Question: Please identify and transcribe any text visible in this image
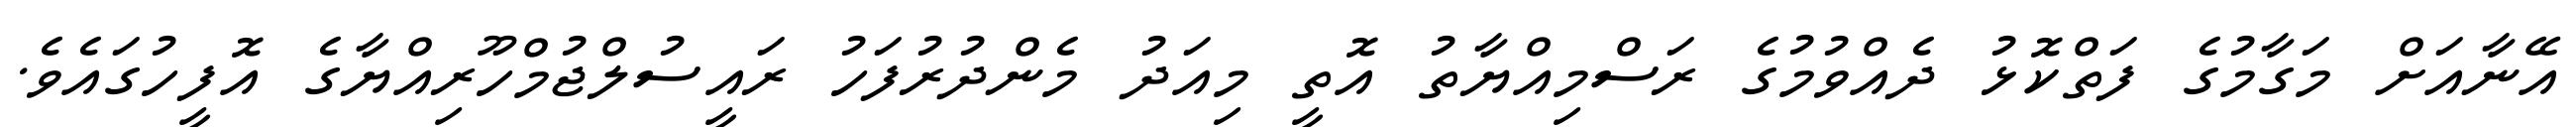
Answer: އޭނާއަށް މަގާމުގެ ފަތްކޮޅު ދެއްވުމުގެ ރަސްމިއްޔާތު އޮތީ މިއަދު މެންދުރުފަހު ރައީސުލްޖުމްހޫރިއްޔާގެ އޮފީހުގައެވެ.